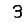
Digit: 3